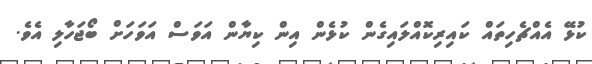
ކުޅޭ އެއްޗެހިތައް ކައިރިކޮއްލައިގެން ކުޅެން އިން ކިޔާން އަވަސް އަވަހަށް ބޯޖަހާލި އެވެ.